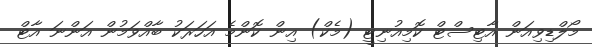
މޯލްޑިވިއަން އާޓިސްޓް ކޮމިއުނިޓީ (މެކް) އިން ކޮންމެ އަހަރަކު ބާއްވަމުން އަންނަ އާޓް